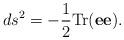
LaTeX: \begin{align*}ds^2 = -{1\over 2} {\rm Tr}({\bf e}{\bf e}).\end{align*}